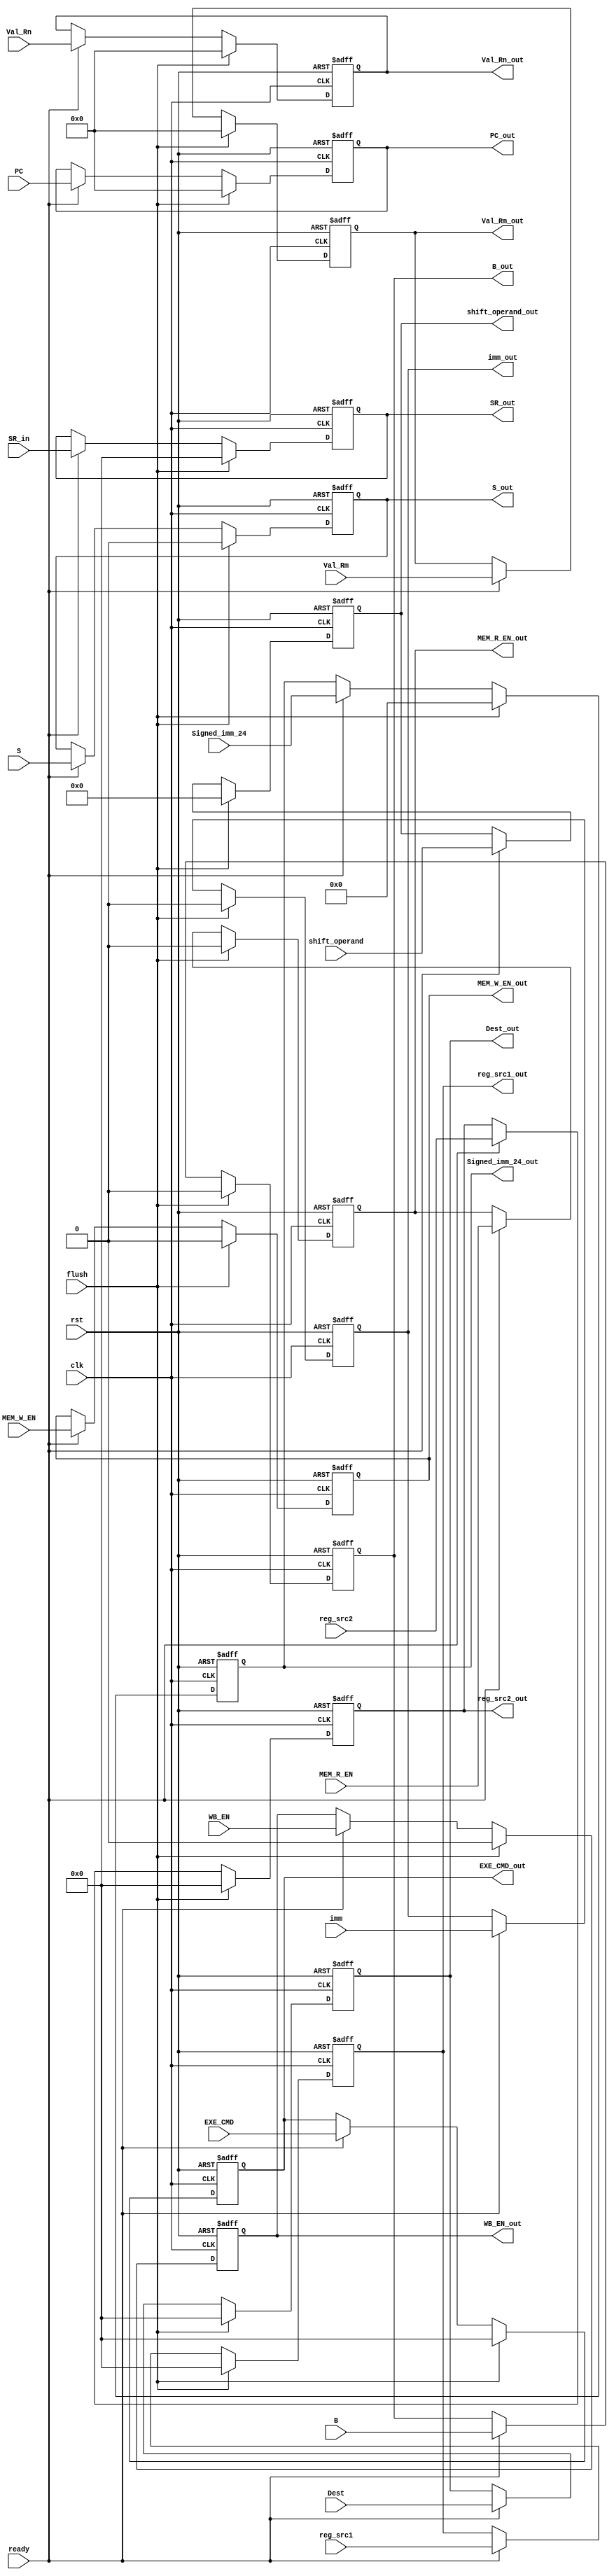
module ID_EX(clk, rst, ready, WB_EN, MEM_R_EN, MEM_W_EN, EXE_CMD, B, S, PC, Val_Rn, Val_Rm, imm, shift_operand, Signed_imm_24, Dest, flush, SR_in, reg_src1, reg_src2,
                reg_src1_out, reg_src2_out, SR_out, WB_EN_out, MEM_R_EN_out, MEM_W_EN_out, EXE_CMD_out, B_out, S_out, PC_out, Val_Rn_out, Val_Rm_out, imm_out, shift_operand_out, Signed_imm_24_out, Dest_out);
    input clk, rst, flush, WB_EN, MEM_R_EN, MEM_W_EN, B, S, imm, ready;
    input [3:0] EXE_CMD, Dest, SR_in, reg_src1, reg_src2;
    input [11:0] shift_operand;
    input [23:0] Signed_imm_24;
    input [31:0] PC, Val_Rn, Val_Rm;

    output reg WB_EN_out, MEM_R_EN_out, MEM_W_EN_out, B_out, S_out, imm_out;
    output reg [3:0] EXE_CMD_out, Dest_out, SR_out, reg_src1_out, reg_src2_out;
    output reg [11:0] shift_operand_out;
    output reg [23:0] Signed_imm_24_out;
    output reg [31:0] PC_out, Val_Rn_out, Val_Rm_out;

    always @(posedge clk,posedge rst) begin
        if(rst == 1'b1 ) begin
            WB_EN_out <= 1'b0;
            MEM_R_EN_out <= 1'b0;
            MEM_W_EN_out <= 1'b0;
            B_out <= 1'b0;
            S_out <= 1'b0;
            imm_out <= 1'b0;
            EXE_CMD_out <= 4'b0;
            Dest_out <= 4'b0;
            shift_operand_out <= 12'b0;
            Signed_imm_24_out <= 24'b0;
            PC_out <= 32'b0;
            Val_Rn_out <= 32'b0;
            Val_Rm_out <= 32'b0;

            SR_out <= 4'b0;
            reg_src1_out <= 32'b0;
            reg_src2_out <= 32'b0;
        end
		  else if(flush == 1'b1)begin
            WB_EN_out <= 1'b0;
            MEM_R_EN_out <= 1'b0;
            MEM_W_EN_out <= 1'b0;
            B_out <= 1'b0;
            S_out <= 1'b0;
            imm_out <= 1'b0;
            EXE_CMD_out <= 4'b0;
            Dest_out <= 4'b0;
            shift_operand_out <= 12'b0;
            Signed_imm_24_out <= 24'b0;
            PC_out <= 32'b0;
            Val_Rn_out <= 32'b0;
            Val_Rm_out <= 32'b0;

            SR_out <= 4'b0;
            reg_src1_out <= 32'b0;
            reg_src2_out <= 32'b0;
		  end
        else if (ready != 1'b0)begin

            WB_EN_out <= WB_EN;
            MEM_R_EN_out <= MEM_R_EN;
            MEM_W_EN_out <= MEM_W_EN;
            B_out <= B;
            S_out <= S;
            imm_out <= imm;
            EXE_CMD_out <= EXE_CMD;
            Dest_out <= Dest;
            shift_operand_out <= shift_operand;
            Signed_imm_24_out <= Signed_imm_24;
            PC_out <= PC;
            Val_Rn_out <= Val_Rn;
            Val_Rm_out <= Val_Rm;

            SR_out <= SR_in;
            reg_src1_out <= reg_src1;
            reg_src2_out <= reg_src2;

        end
    end
endmodule